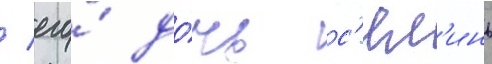
/ его́ до́чь с'ял'инь